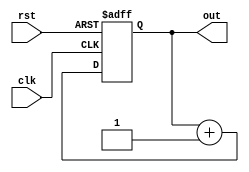
module counter(rst, clk, out);
input rst, clk; 
output[7:0] out; 
reg[7:0] out; 
always @ (posedge clk or posedge rst)
begin 
if(rst == 1)
out <= 0; 
else 
out <= out+1; 
end
endmodule